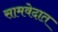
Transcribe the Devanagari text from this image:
सामवेदात